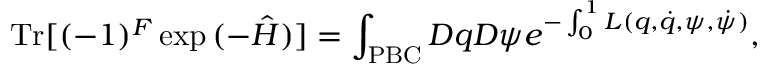
\mathrm { T r } [ ( - 1 ) ^ { F } \exp { ( - \hat { H } ) } ] = \int _ { \mathrm { \tiny { P B C } } } D q D \psi e ^ { - \int _ { 0 } ^ { 1 } L ( q , \dot { q } , \psi , \dot { \psi } ) } ,